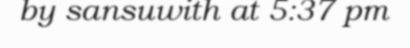
by sansuwith at 5:37 pm